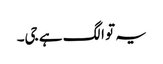
یہ تو الگ ہے جی۔